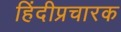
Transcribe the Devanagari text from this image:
हिंदीप्रचारक